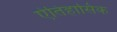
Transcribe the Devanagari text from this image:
ऐतिहासिक